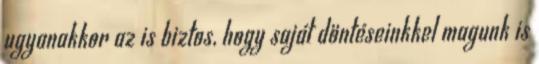
ugyanakkor az is biztos, hogy saját döntéseinkkel magunk is